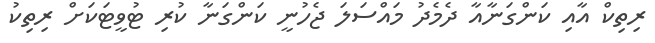
ރިތިކް އާއި ކަންގަނާއާ ދެމެދު މައްސަލަ ޖެހުނީ ކަންގަނާ ކުރި ޓުވީޓަކަށް ރިތިކު